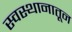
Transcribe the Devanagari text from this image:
स्वस्थानातून